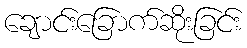
ချောင်းခြောက်ဆိုးခြင်း